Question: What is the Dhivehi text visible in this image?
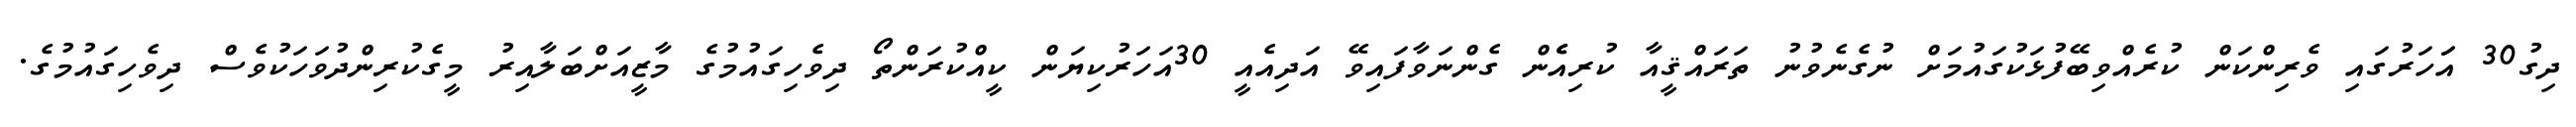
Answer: ދިގު30 އަަހަރުގައި ވެރިންކަން ކުރެއްވިބޭފުޅަކުގައުމަށް ނުގެނެވުނު ތަރައްޤީއާ ކުރިއެެން ގެންނަވާފައިވޭ އަދިއެއީ 30އަހަރުކިޔަން ކީއްކުރަންތޯ ދިވެހިގައުމުގެ މާޒީއަށްބަލާއިރު މީގެކުރިންދުވަހަކުވެސް ދިވެހިގައުމުގެ.